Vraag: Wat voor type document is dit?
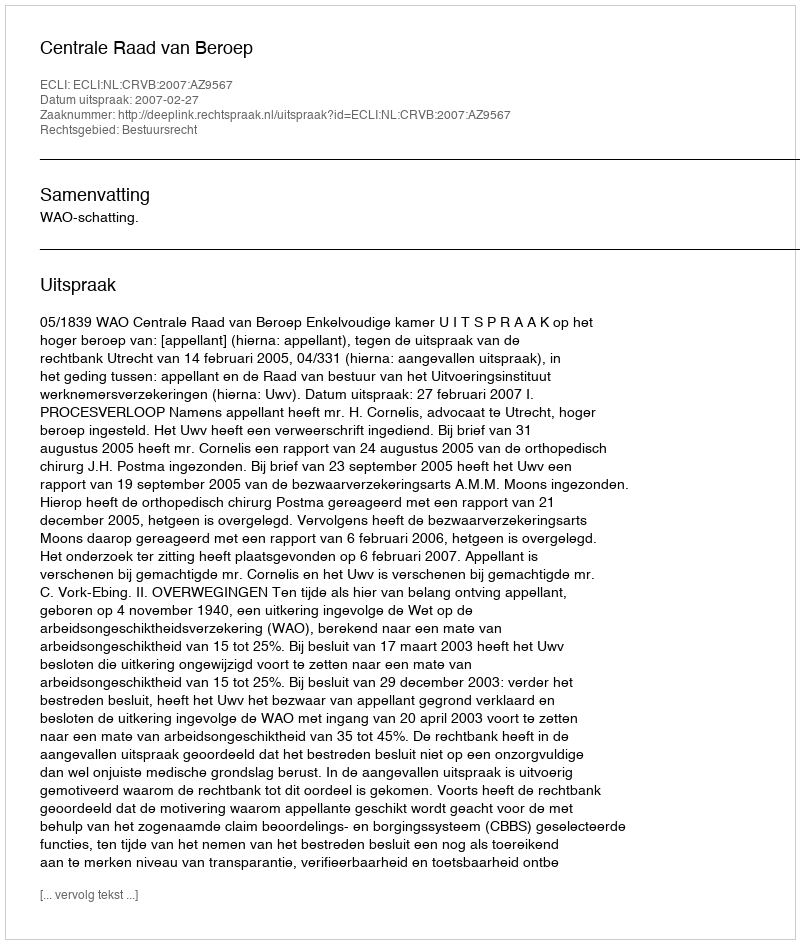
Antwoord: Uitspraak